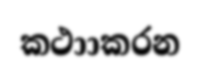
කථාාකරන